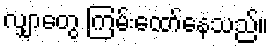
လျှာတွေ ကြမ်းထော်နေသည်။